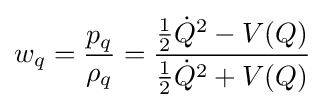
w_{q}={\frac {p_{q}}{\rho _{q}}}={\frac {{\frac {1}{2}}{\dot {Q}}^{2}-V(Q)}{{\frac {1}{2}}{\dot {Q}}^{2}+V(Q)}}